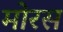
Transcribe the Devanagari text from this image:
मोरस